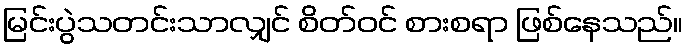
မြင်းပွဲသတင်းသာလျှင် စိတ်ဝင် စားစရာ ဖြစ်နေသည်။